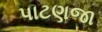
પાટણજા